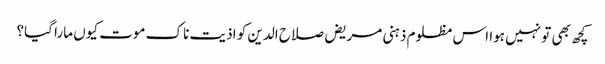
کچھ بھی تو نہیں ہوا اس مظلوم ذہنی مریض صلاح الدین کو اذیت ناک موت کیوں مارا گیا؟